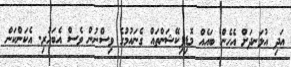
އަދި އުޅަނދަށް އެހެން ބައެއް މޮޑިފިކޭޝަންތައް ގެނައުމުގެ ވިސްނުން ވެސް އެބަހުރި. އެކަންކަން